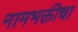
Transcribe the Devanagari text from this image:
नामभक्तीचा